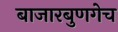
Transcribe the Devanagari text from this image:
बाजारबुणगेच